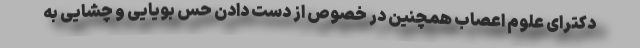
دکترای علوم اعصاب همچنین در خصوص از دست دادن حس بویایی و چشایی به